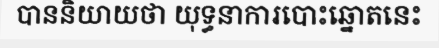
បាននិយាយថា យុទ្ធនាការបោះឆ្នោតនេះ